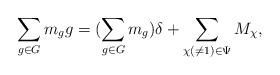
LaTeX: \begin{align*}\sum_{g\in G} m_gg=(\sum_{g\in G} m_g)\delta+\sum_{\chi (\ne1)\in\Psi}M_\chi,\end{align*}